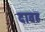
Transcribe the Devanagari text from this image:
दावह